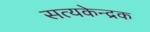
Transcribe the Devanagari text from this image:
सत्यकेन्द्रक